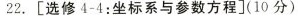
22.[选修4-4：坐标系与参数方程](10分)